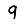
Digit: 9